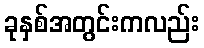
ခုနှစ်အတွင်းကလည်း